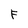
Character: F